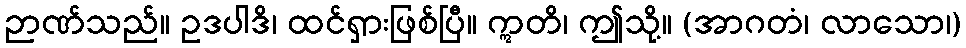
ဉာဏ်သည်။ ဥဒပါဒိ၊ ထင်ရှားဖြစ်ပြီ။ ဣတိ၊ ဤသို့။ (အာဂတံ၊ လာသော၊)